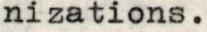
nizations.